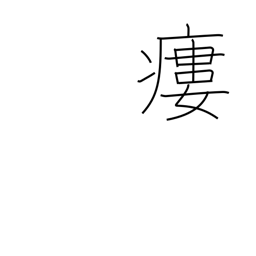
Meaning: fistula